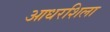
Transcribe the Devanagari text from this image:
आधरशिला